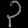
Digit: ၃